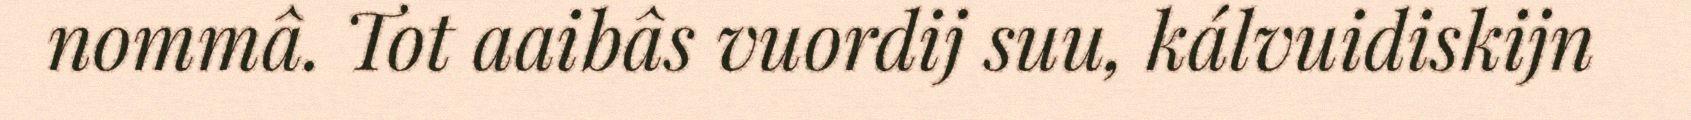
nommâ. Tot aaibâs vuordij suu, kálvuidiskijn